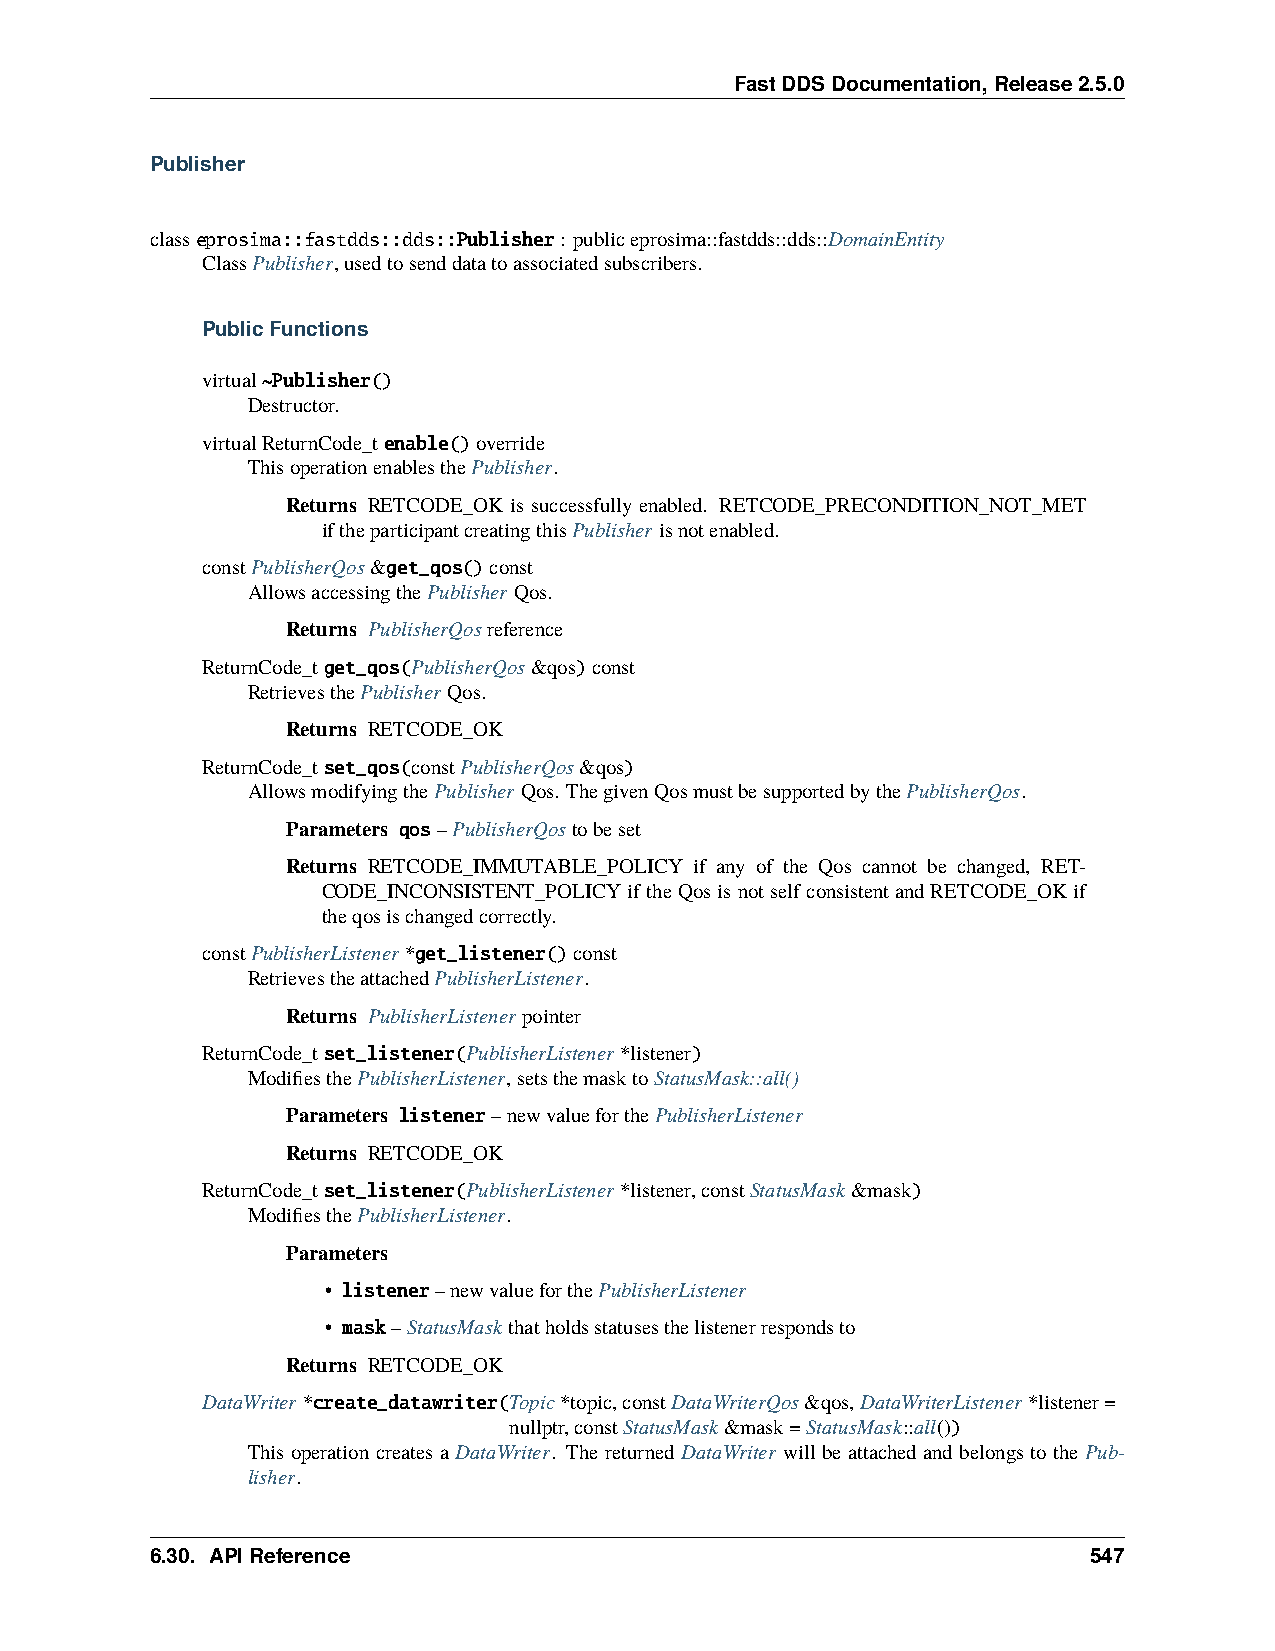
FastDDSDocumentation,Release2.5.0
 Publisher
 classeprosima::fastdds::dds::Publisher: publiceprosima::fastdds::dds::DomainEntity
 ClassPublisher,usedtosenddatatoassociatedsubscribers.
 PublicFunctions
 virtual~Publisher()
 Destructor.
 virtualReturnCode_tenable()override
 ThisoperationenablesthePublisher.
 Returns RETCODE_OK is successfully enabled. RETCODE_PRECONDITION_NOT_MET
 iftheparticipantcreatingthisPublisherisnotenabled.
 constPublisherQos&get_qos()const
 AllowsaccessingthePublisherQos.
 Returns PublisherQosreference
 ReturnCode_tget_qos(PublisherQos&qos)const
 RetrievesthePublisherQos.
 Returns RETCODE_OK
 ReturnCode_tset_qos(constPublisherQos&qos)
 AllowsmodifyingthePublisherQos. ThegivenQosmustbesupportedbythePublisherQos.
 Parameters qos–PublisherQostobeset
 Returns RETCODE_IMMUTABLE_POLICY if any of the Qos cannot be changed, RET-
 CODE_INCONSISTENT_POLICYiftheQosisnotselfconsistentandRETCODE_OKif
 theqosischangedcorrectly.
 constPublisherListener*get_listener()const
 RetrievestheattachedPublisherListener.
 Returns PublisherListenerpointer
 ReturnCode_tset_listener(PublisherListener*listener)
 ModifiesthePublisherListener,setsthemasktoStatusMask::all()
 Parameters listener–newvalueforthePublisherListener
 Returns RETCODE_OK
 ReturnCode_tset_listener(PublisherListener*listener,constStatusMask&mask)
 ModifiesthePublisherListener.
 Parameters
 • listener–newvalueforthePublisherListener
 • mask–StatusMaskthatholdsstatusesthelistenerrespondsto
 Returns RETCODE_OK
 DataWriter*create_datawriter(Topic*topic,constDataWriterQos&qos,DataWriterListener*listener=
 nullptr,constStatusMask&mask=StatusMask::all())
 This operation creates a DataWriter. The returned DataWriter will be attached and belongs to the Pub-
 lisher.
 6.30. APIReference                                            547